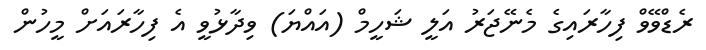
ރެޑްވޭވް ފިހާރައިގެ މެނޭޖަރު އަލީ ޝަހީމް (އައްޔަ) ވިދާޅުވީ އެ ފިހާރައަށް މީހުން